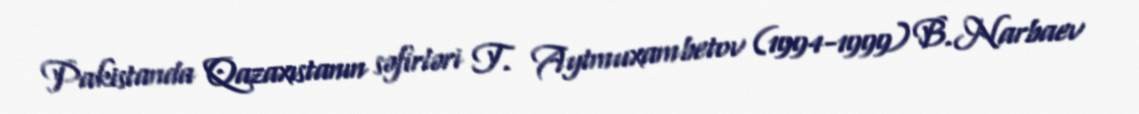
Pakistanda Qazaxıstanın səfirləri T. Aytmuxambetov (1994-1999) B.Narbaev